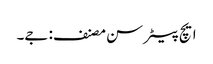
ایچ پیٹر سن مصنف: جے۔